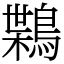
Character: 𪃸